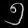
Digit: ၅